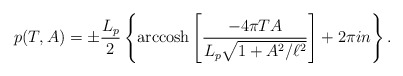
\begin{align*}p(T,A) = \pm \frac{L_p}{2}\left\{ {\rm arccosh} \left[\frac{-4\pi TA}{L_p\sqrt{1+A^2/\ell^2}} \right] + 2 \pi i n \right \}.\end{align*}